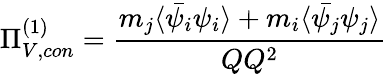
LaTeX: \Pi_{V,con}^{(1)}=\frac{m_{j}\langle\bar{\psi_{i}}\psi_{i}\rangle+m_{i}\langle\bar{\psi_{j}}\psi_{j}\rangle}{QQ^{2}}